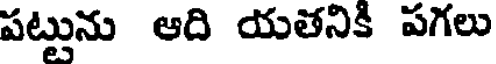
పట్టును ఆది యతనికి పగలు